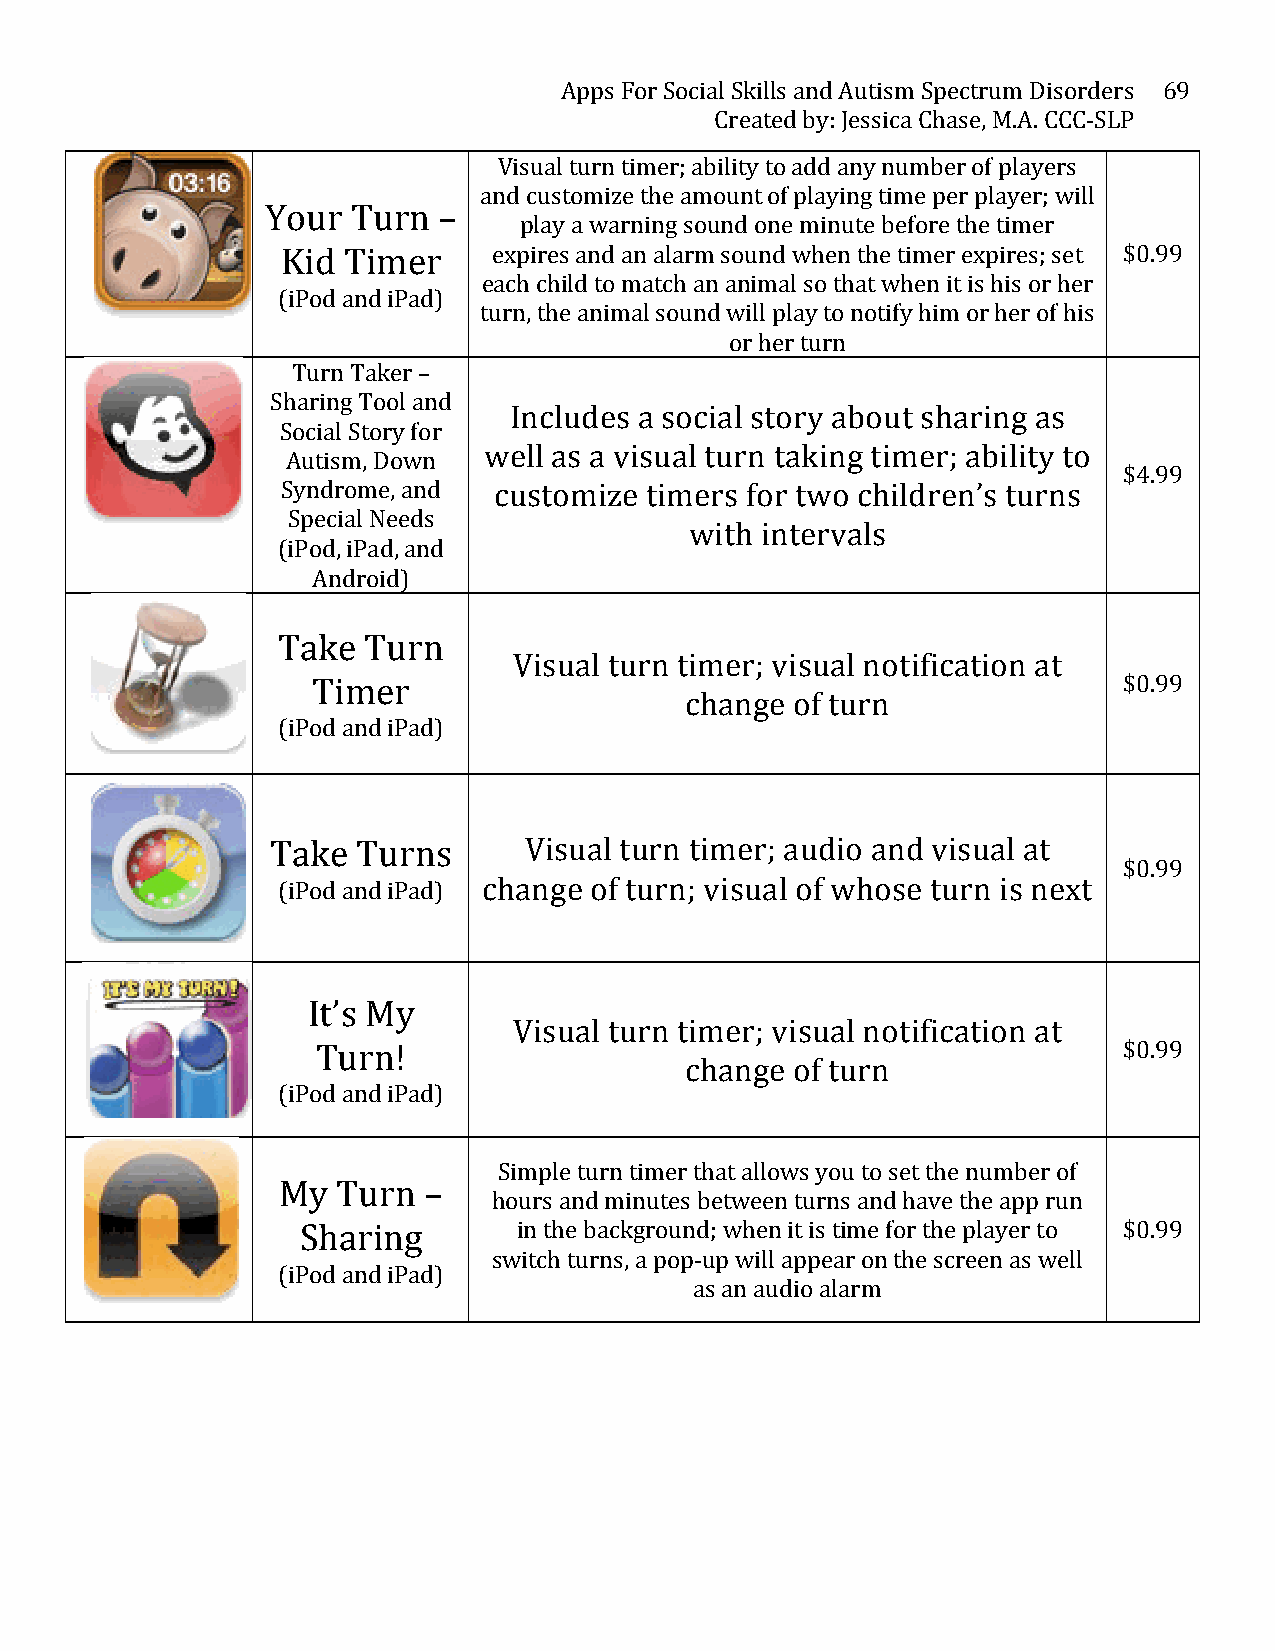
Apps For Social Skills and Autism Spectrum Disorders 69
 Created by: Jessica Chase, M.A. CCC-­‐SLP
 Visual turn timer; ability to add any number of players
 and customize the amount of playing time per player; will
 Your Turn  –
 play a warning sound one minute before the timer
 Kid Timer     expires and an alarm sound when the timer expires; set $0.99
 each child to match an animal so that when it is his or her
 (iPod and iPad)
 turn, the animal sound will play to notify him or her of his
 or her turn
 Turn Taker –
 Sharing Tool and
 Includes a social story about sharing as
 Social Story for
 well as a visual turn taking timer; ability to
 Autism, Down
 $4.99
 Syndrome, and customize timers for two children’s turns
 Special Needs
 with intervals
 (iPod, iPad, and
 Android)
 Take  Turn
 Visual turn timer; visual notification at
 Timer                                                $0.99
 change of turn
 (iPod and iPad)
 Take  Turns      Visual turn timer; audio and visual at
 $0.99
 (iPod and iPad) change of turn; visual of whose turn is next
 It’s My
 Visual turn timer; visual notification at
 Turn!                                                $0.99
 change of turn
 (iPod and iPad)
 Simple turn timer that allows you to set the number of
 My  Turn  –
 hours and minutes between turns and have the app run
 Sharing       in the background; when it is time for the player to $0.99
 switch turns, a pop-­‐up will appear on the screen as well
 (iPod and iPad)
 as an audio alarm